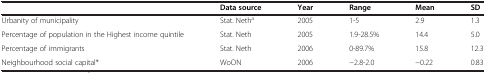
<table><thead><tr><td><b> </b></td><td><b>Data source</b></td><td><b>Year</b></td><td><b>Range</b></td><td><b>Mean</b></td><td><b>SD</b></td></tr></thead><tbody><tr><td>Urbanity of municipality</td><td>Stat. Neth<sup>a</sup></td><td>2005</td><td>1-5</td><td>2.9</td><td>1.3</td></tr><tr><td>Percentage of population in the Highest income quintile</td><td>Stat. Neth</td><td>2005</td><td>1.9-28.5%</td><td>14.4</td><td>5.0</td></tr><tr><td>Percentage of immigrants</td><td>Stat. Neth</td><td>2006</td><td>0-89.7%</td><td>15.8</td><td>12.3</td></tr><tr><td>Neighbourhood social capital*</td><td>WoON</td><td>2006</td><td>−2.8-2.0</td><td>−0.22</td><td>0.83</td></tr></tbody></table>